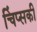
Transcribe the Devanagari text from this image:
चिंप्सकी